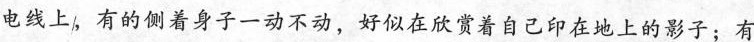
电线上，有的侧着身子一动不动，好似在欣赏着自己印在地上的影子；有